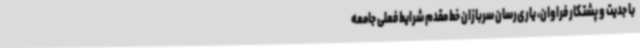
با جدیت و پشتکار فراوان، یاری‌رسان سربازان خط مقدم شرایط فعلی جامعه